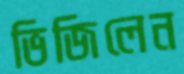
ভিজিলেন